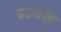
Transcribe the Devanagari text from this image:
बरुचेल